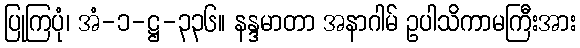
ပြုကြပုံ၊ အံ-၁-ဋ္ဌ-၃၃၆။ နန္ဒမာတာ အနာဂါမ် ဥပါသိကာမကြီးအား